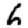
Digit: 6